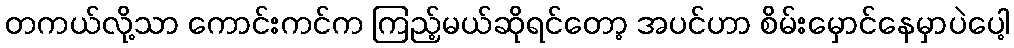
တကယ်လို့သာ ကောင်းကင်က ကြည့်မယ်ဆိုရင်တော့ အပင်ဟာ စိမ်းမှောင်နေမှာပဲပေါ့